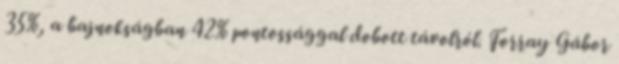
35%, a bajnokságban 42% pontossággal dobott távolról. Forray Gábor